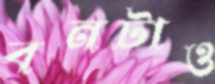
বনটাও